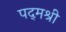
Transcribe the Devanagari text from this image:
पद्‌मश्री